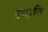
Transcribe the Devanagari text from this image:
पध्हति